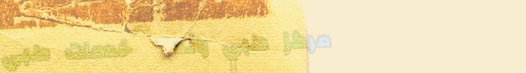
مركز طبي رائد   خدمات طبي